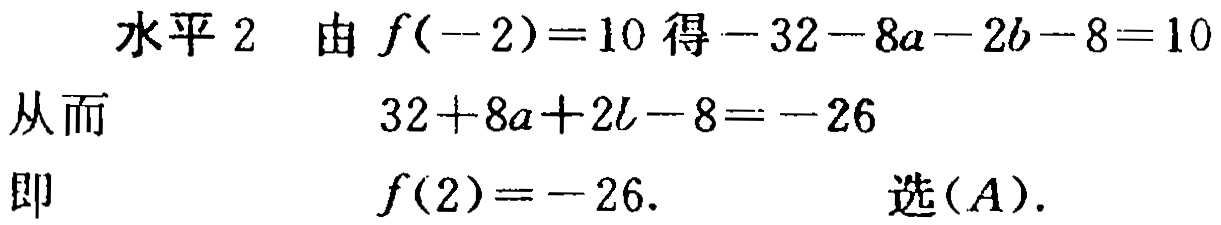
水平 2 由 \(f(-2)=10\) 得 \(-32 - 8a - 2b - 8 = 10\)
从而
\[
32 + 8a + 2b - 8 = -26
\]
即
\[
f(2)=-26.
\]
选\((A)\).